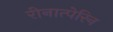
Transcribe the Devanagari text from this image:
रीनात्पेरिन